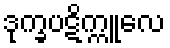
ဒုက္ခပဋိက္ကူလေ